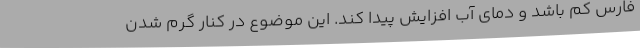
فارس کم باشد و دمای آب افزایش پیدا کند. این موضوع در کنار گرم شدن